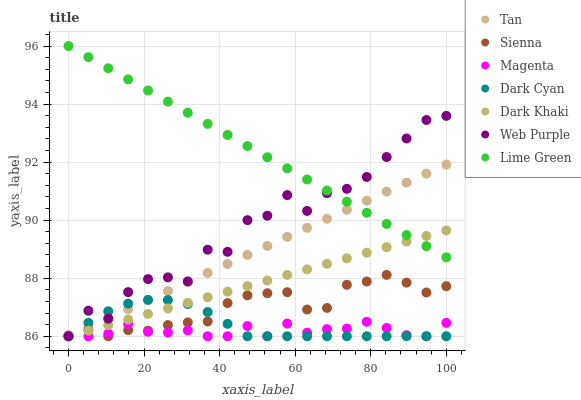
| xaxis_label | Tan | Sienna | Magenta | Dark Cyan | Dark Khaki | Web Purple | Lime Green |
 | --- | --- | --- | --- | --- | --- | --- | --- |
 | 0 | 86 | 86 | 86 | 86 | 86 | 86 | 96 |
 | 5.26 | 86.3 | 86.2 | 86 | 86.5 | 86.2 | 86.9 | 95.6 |
 | 10.5 | 86.6 | 86 | 86.1 | 86.9 | 86.4 | 86.6 | 95.2 |
 | 15.8 | 86.9 | 86.2 | 86.4 | 87.1 | 86.6 | 87.5 | 94.9 |
 | 21.1 | 87.2 | 86.2 | 86.2 | 87.3 | 86.8 | 88 | 94.5 |
 | 26.3 | 87.6 | 86.4 | 86.1 | 87.2 | 87 | 88 | 94.1 |
 | 31.6 | 87.9 | 86.5 | 86.2 | 87.1 | 87.2 | 87.9 | 93.7 |
 | 36.8 | 88.2 | 86.5 | 86 | 86.8 | 87.3 | 89 | 93.3 |
 | 42.1 | 88.5 | 87.1 | 86 | 86.4 | 87.5 | 88.9 | 92.9 |
 | 47.4 | 88.8 | 87.4 | 86.4 | 86 | 87.7 | 90 | 92.6 |
 | 52.6 | 89.1 | 87.5 | 86 | 86 | 87.9 | 90.2 | 92.2 |
 | 57.9 | 89.4 | 87.5 | 86.4 | 86 | 88.1 | 90.9 | 91.8 |
 | 63.2 | 89.7 | 86.9 | 86.1 | 86 | 88.3 | 90.3 | 91.4 |
 | 68.4 | 90 | 87 | 86.2 | 86 | 88.5 | 90.9 | 91 |
 | 73.7 | 90.4 | 87.8 | 86.3 | 86 | 88.7 | 91.1 | 90.6 |
 | 78.9 | 90.7 | 87.9 | 86.5 | 86 | 88.9 | 91.5 | 90.3 |
 | 84.2 | 91 | 88.1 | 86.3 | 86 | 89.1 | 92.2 | 89.9 |
 | 89.5 | 91.3 | 87.8 | 86 | 86 | 89.3 | 92.8 | 89.5 |
 | 94.7 | 91.6 | 87.5 | 86 | 86 | 89.5 | 93.5 | 89.1 |
 | 100 | 91.9 | 87.7 | 86.5 | 86 | 89.6 | 93.6 | 88.7 |